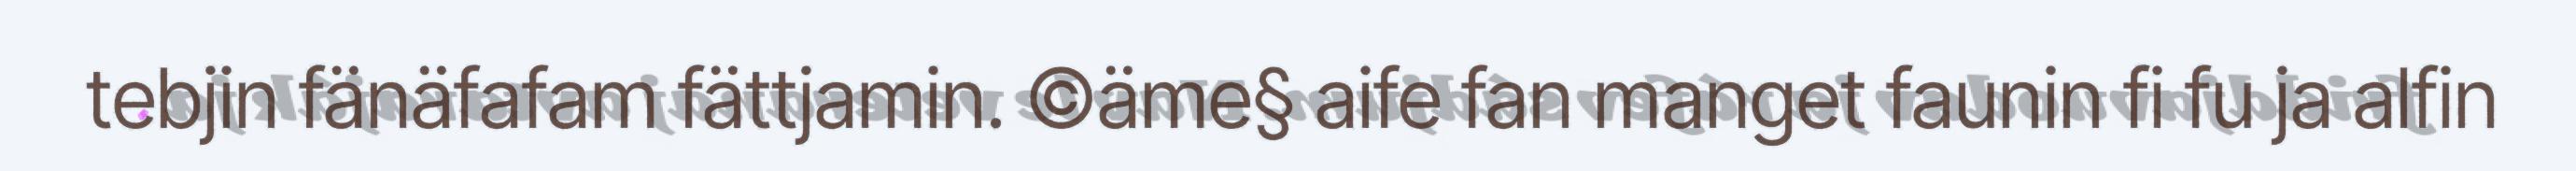
tebjin fänäfafam fättjamin. ©äme§ aife fan manget faunin fi fu ja alfin